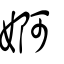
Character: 婀